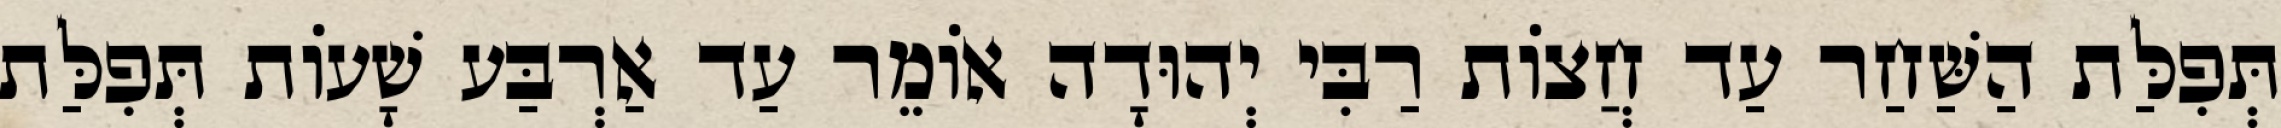
תְּפִלַּת הַשַּׁחַר עַד חֲצוֹת רַבִּי יְהוּדָה אוֹמֵר עַד אַרְבַּע שָׁעוֹת תְּפִלַּת